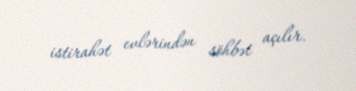
istirahət evlərindən söhbət açılır.